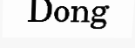
Dong